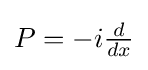
{\textstyle P=-i{\frac {d}{dx}}}